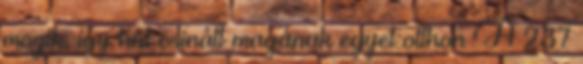
mozik, így hát csinált magának egyet otthon A 237